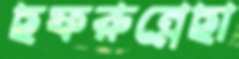
ছফরুন্নেছা